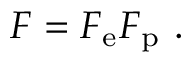
\boldsymbol { F } = \boldsymbol { F } _ { \mathrm { e } } \boldsymbol { F } _ { \mathrm { p } } \mathrm { ~ . ~ }